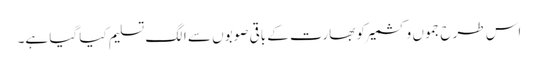
اس طرح جموں وکشمیر کو بھارت کے باقی صوبوں سے الگ تسلیم کیا گیا ہے۔